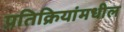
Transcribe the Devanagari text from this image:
प्रतिक्रियांमधील